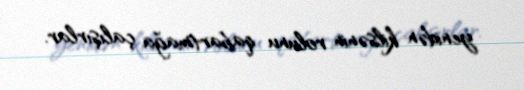
yenidən kilsənin rolunu qabartmağa çalışırlar.